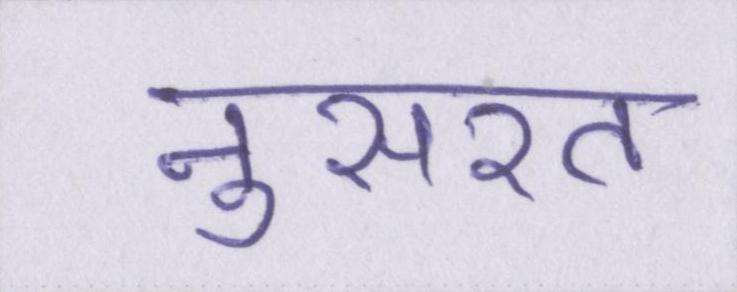
नुसरत